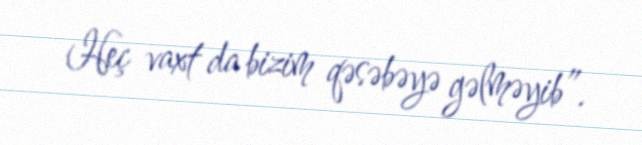
Heç vaxt da bizim qəsəbəyə gəlməyib”.